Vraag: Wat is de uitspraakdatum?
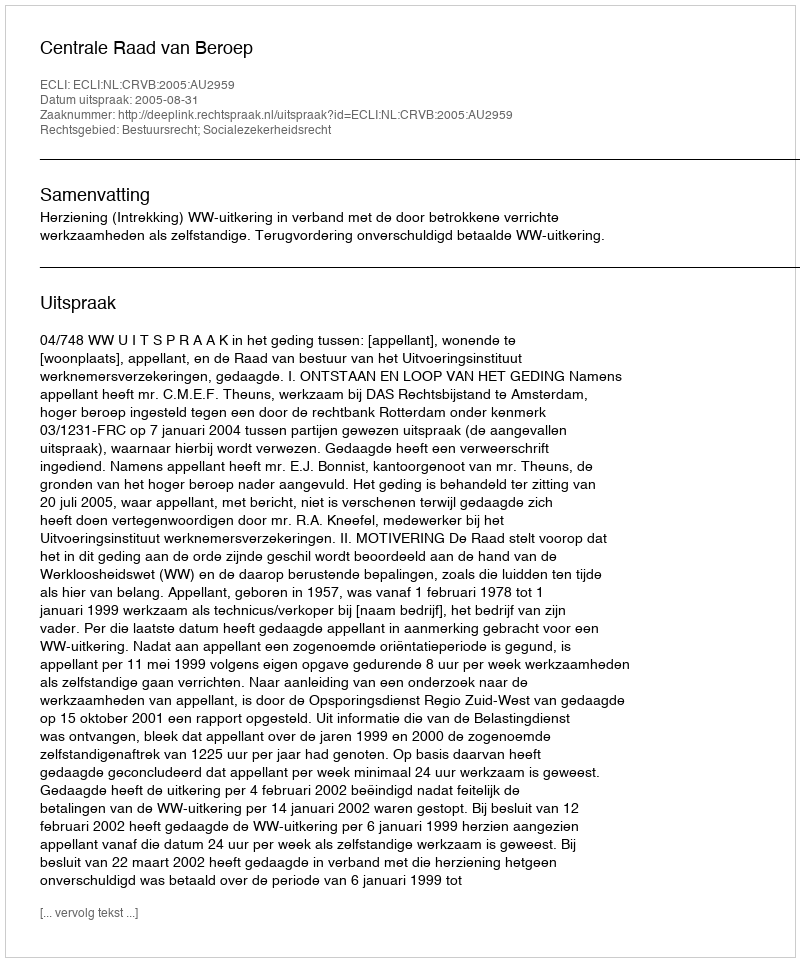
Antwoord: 2005-08-31